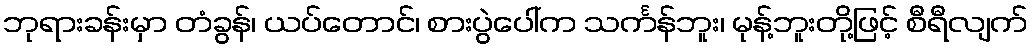
ဘုရားခန်းမှာ တံခွန်၊ ယပ်တောင်၊ စားပွဲပေါ်က သင်္ကန်ဘူး၊ မုန့်ဘူးတို့ဖြင့် စီရီလျက်